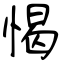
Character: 愒